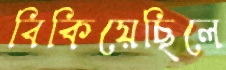
বিকিয়েছিলে